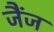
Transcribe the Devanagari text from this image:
जैंज